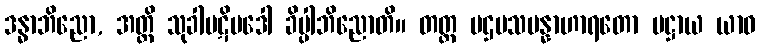
ဒန္ဓာဘိညော, အတ္ထိ သုခါပဋိပဒေါ ခိပ္ပါဘိညောတိ။ တတ္ထ ပဌမသမန္နာဟာရတော ပဋ္ဌာယ ယာဝ